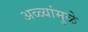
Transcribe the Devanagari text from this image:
अळ्यांमुळे